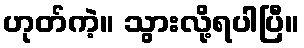
ဟုတ်ကဲ့။ သွားလို့ရပါပြီ။